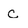
Character: c